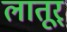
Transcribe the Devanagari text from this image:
लातूर्